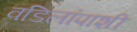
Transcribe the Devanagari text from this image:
वडिलांपाशी